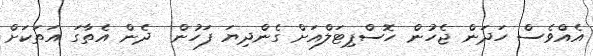
އެއްވެސް ހަދަން ޖެހުން ހޮސްޕިޓަލްއަށް ގެންދިޔަ ފަހުން  ދެން އެތާގަ އަތަކަށް